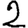
Digit: 2